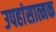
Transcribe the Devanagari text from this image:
उपहांसात्मक